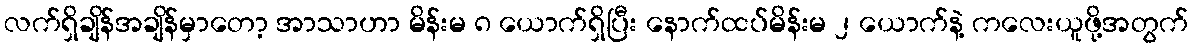
လက်ရှိချိန်အချိန်မှာတော့ အာသာဟာ မိန်းမ ၈ ယောက်ရှိပြီး နောက်ထပ်မိန်းမ ၂ ယောက်နဲ့ ကလေးယူဖို့အတွက်